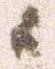
候